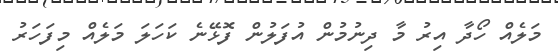
މަލެއް ހޯދާ އިރު މާ ދިނުމުން އުފަލުން ފޮޅޭނެ ކަހަލަ މަލެއް މިފަހަރު